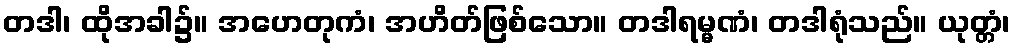
တဒါ၊ ထိုအခါ၌။ အဟေတုကံ၊ အဟိတ်ဖြစ်သော။ တဒါရမ္မဏံ၊ တဒါရုံသည်။ ယုတ္တံ၊